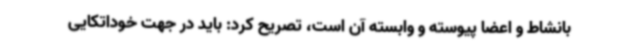
بانشاط و اعضا پیوسته و وابسته آن است، تصریح کرد: باید در جهت خوداتکایی